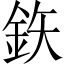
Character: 鉃